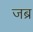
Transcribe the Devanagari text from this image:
जब्र